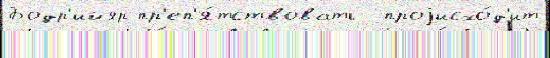
Бодр'ийяр пр'еп'я́тствовать  проjисхо́д'ит